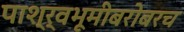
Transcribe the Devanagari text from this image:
पाश्र्वभूमीबरोबरच